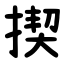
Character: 揳